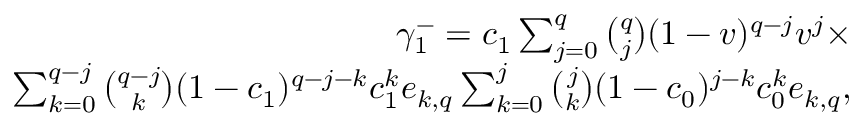
\begin{array} { r } { \gamma _ { 1 } ^ { - } = c _ { 1 } \sum _ { j = 0 } ^ { q } { \binom { q } { j } } ( 1 - v ) ^ { q - j } v ^ { j } \times } \\ { \sum _ { k = 0 } ^ { q - j } { \binom { q - j } { k } } ( 1 - c _ { 1 } ) ^ { q - j - k } c _ { 1 } ^ { k } e _ { k , q } \sum _ { k = 0 } ^ { j } { \binom { j } { k } } ( 1 - c _ { 0 } ) ^ { j - k } c _ { 0 } ^ { k } e _ { k , q } , } \end{array}